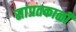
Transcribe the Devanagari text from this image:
सांप्रतकाळी